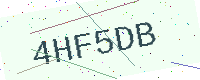
Text: 4HF5DB